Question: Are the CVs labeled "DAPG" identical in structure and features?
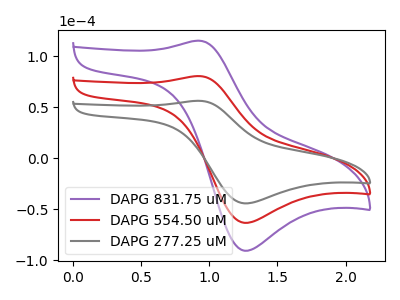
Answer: <think>The purple curve "DAPG 831.75 uM" has an anodic peak at (0.90V, 161.00uA) and a cathodic peak at (1.25V, -126.85uA). The red curve "DAPG 554.50 uM" has an anodic peak at (0.90V, 80.50uA) and a cathodic peak at (1.25V, -63.40uA). The gray curve "DAPG 277.25 uM" has an anodic peak at (0.90V, 56.25uA) and a cathodic peak at (1.25V, -44.30uA).
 All the peaks in "DAPG 831.75 uM" have a peak in "DAPG 554.50 uM" at the same potential. Every peak in "DAPG 831.75 uM" is higher than every peak in "DAPG 554.50 uM". All the peaks in "DAPG 831.75 uM" have a peak in "DAPG 277.25 uM" at the same potential. Every peak in "DAPG 831.75 uM" is higher than every peak in "DAPG 277.25 uM". All the peaks in "DAPG 554.50 uM" have a peak in "DAPG 277.25 uM" at the same potential. Every peak in "DAPG 554.50 uM" is higher than every peak in "DAPG 277.25 uM".</think>
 <answer>All the CV's of "DAPG" have similar shape.</answer>
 <eval>follow_rule</eval>